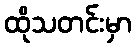
ထိုသတင်းမှာ